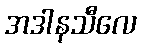
အဒါနသီလေ